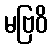
မဗြဝိ